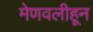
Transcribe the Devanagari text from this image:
मेणवलीहून